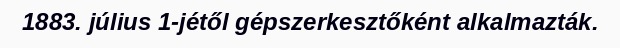
1883. július 1-jétől gépszerkesztőként alkalmazták.